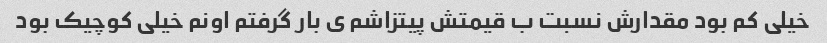
خیلی کم بود مقدارش نسبت ب قیمتش پیتزاشم ی بار گرفتم اونم خیلی کوچیک بود